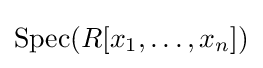
\operatorname {Spec} (R[x_{1},\dots ,x_{n}])